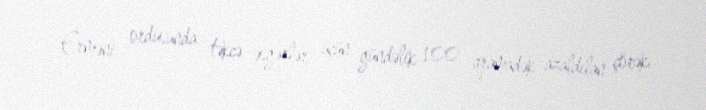
Erməni ordusunda təkcə əsgərlər üçün gündəlik 100 qramadək azaldılan çörək,